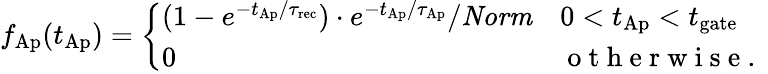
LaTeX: f_{\mathrm{Ap}}(t_{\mathrm{Ap}})=\left\{ \begin{array}{ll}{{(1-e^{-{t_{\mathrm{Ap}}}/{\tau_{\mathrm{rec}}}})\cdot e^{-{t_{\mathrm{Ap}}}/{\tau_{\mathrm{Ap}}}}}/{\mathit{Norm}}}&{0<t_{\mathrm{Ap}}<t_{\mathrm{gate}}}\\ {0}&{\mathrm{~o~t~h~e~r~w~i~s~e~.~}}\end{array}\right.